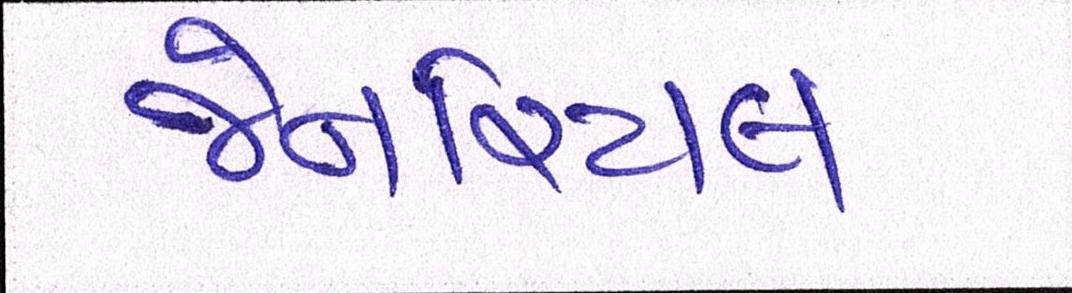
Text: જેનરિયલ